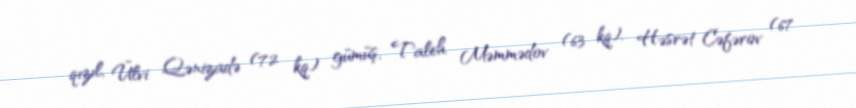
qızıl, Ülvi Qənizadə (72 kq) gümüş, Taleh Məmmədov (63 kq), Həsrət Cəfərov (67